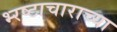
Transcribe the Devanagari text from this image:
भ्‍रष्टाचाराच्या